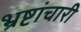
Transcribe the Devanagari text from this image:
भ्रष्टांचारी